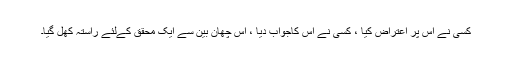
کسی نے اس پر اعتراض کیا ، کسی نے اس کاجواب دیا ، اس چھان بین سے ایک محقق کےلئے راستہ کھل گیا۔